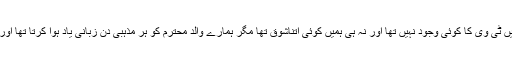
ہم نے کیونکہ ایک مذہبی گھرانے میں آنکھ کھو لی تھی اس لئے ہما رے گھر میں ٹی وی کا کوئی وجود نہیں تھا اور نہ ہی ہمیں کوئی اتناشوق تھا مگر ہمارے والد محترم کو ہر مذہبی دن زبانی یاد ہوا کرتا تھا اور ہمارے گھر میں تمام اسلامی دن مذہبی جوش وخروش سے منائے جا تے تھے۔